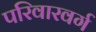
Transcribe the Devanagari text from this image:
परिवारवर्ग